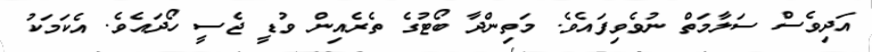
އަދިވެސް ސަލާމަތް ނުވެވިފައެވެ. މަތިންދާ ބޯޓުގެ ތެރެއިން ވުޑީ ޖެސީ ހޯދައެވެ. އެކަމަކު